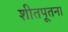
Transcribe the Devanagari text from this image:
शीतपूतना